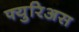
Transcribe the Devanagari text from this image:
फ्युरिअस